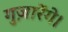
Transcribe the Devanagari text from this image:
गुज़ारेंगे।